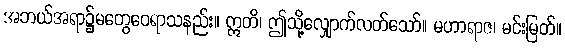
အဘယ်အရာ၌မတွေဝေရာသနည်း။ ဣတိ၊ ဤသို့လျှောက်လတ်သော်။ မဟာရာဇ၊ မင်းမြတ်။